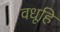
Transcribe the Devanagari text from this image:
वधूहि